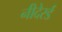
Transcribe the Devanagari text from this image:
नीदेरर्ड